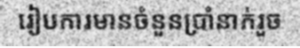
រៀបការមានចំនួនប្រាំនាក់រួច